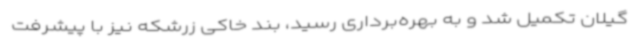
گیلان تکمیل شد و به بهره‌برداری رسید، بند خاکی زرشکه نیز با پیشرفت